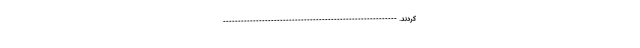
کردند. ----------------------------------------------------------